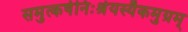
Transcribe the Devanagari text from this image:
समुत्कर्षनिःश्रेयस्यैकमुग्रम्‌